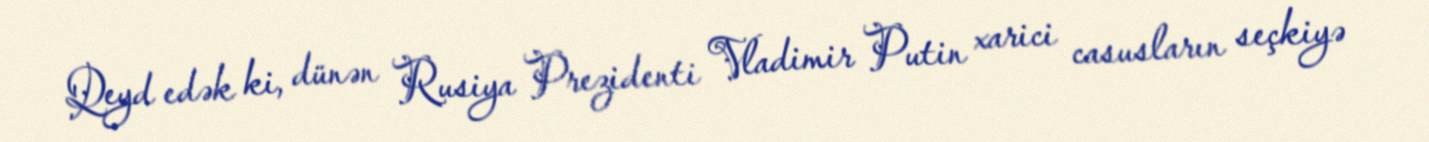
Qeyd edək ki, dünən Rusiya Prezidenti Vladimir Putin xarici casusların seçkiyə